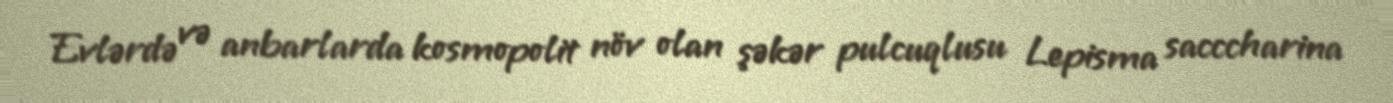
Evlərdə və anbarlarda kosmopolit növ olan şəkər pulcuqlusu Lepisma sacccharina